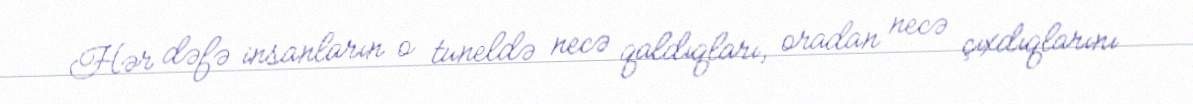
Hər dəfə insanların o tuneldə necə qaldıqları, oradan necə çıxdıqlarını